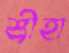
শ্রীহা